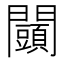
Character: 𨷩